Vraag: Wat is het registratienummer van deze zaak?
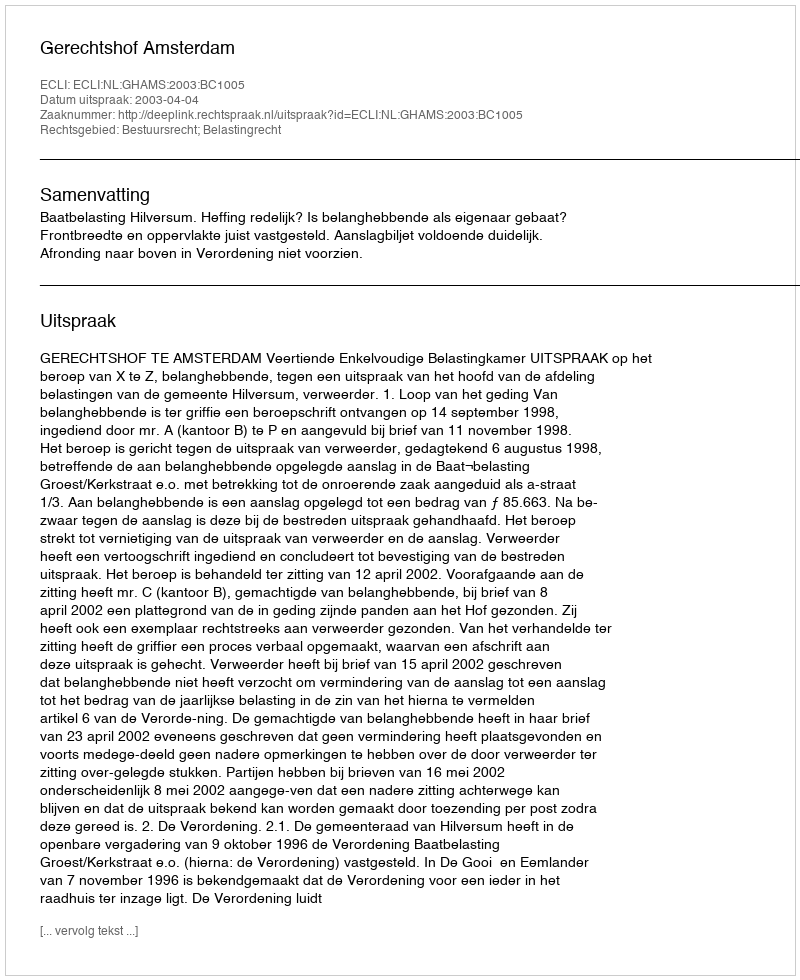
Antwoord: http://deeplink.rechtspraak.nl/uitspraak?id=ECLI:NL:GHAMS:2003:BC1005